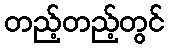
တည့်တည့်တွင်